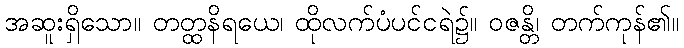
အဆူးရှိသော။ တတ္ထနိရယေ၊ ထိုလက်ပံပင်ငရဲ၌။ ဝဇန္တိ၊ တက်ကုန်၏။